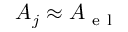
A _ { j } \approx A _ { \mathrm { ~ e ~ l ~ } }